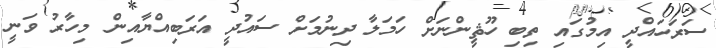
ސަރަހައްދީ އިމުގައި ތިބި ހޫޘީންނަށް ހަމަލާ ދިނުމަށް ސައުދީ އަރަބިއްޔާއިން މިހާރު ވަނީ